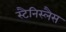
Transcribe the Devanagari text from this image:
स्टैनिस्लैस